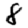
Digit: 8